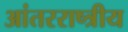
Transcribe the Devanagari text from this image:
आंतरराष्त्रीय